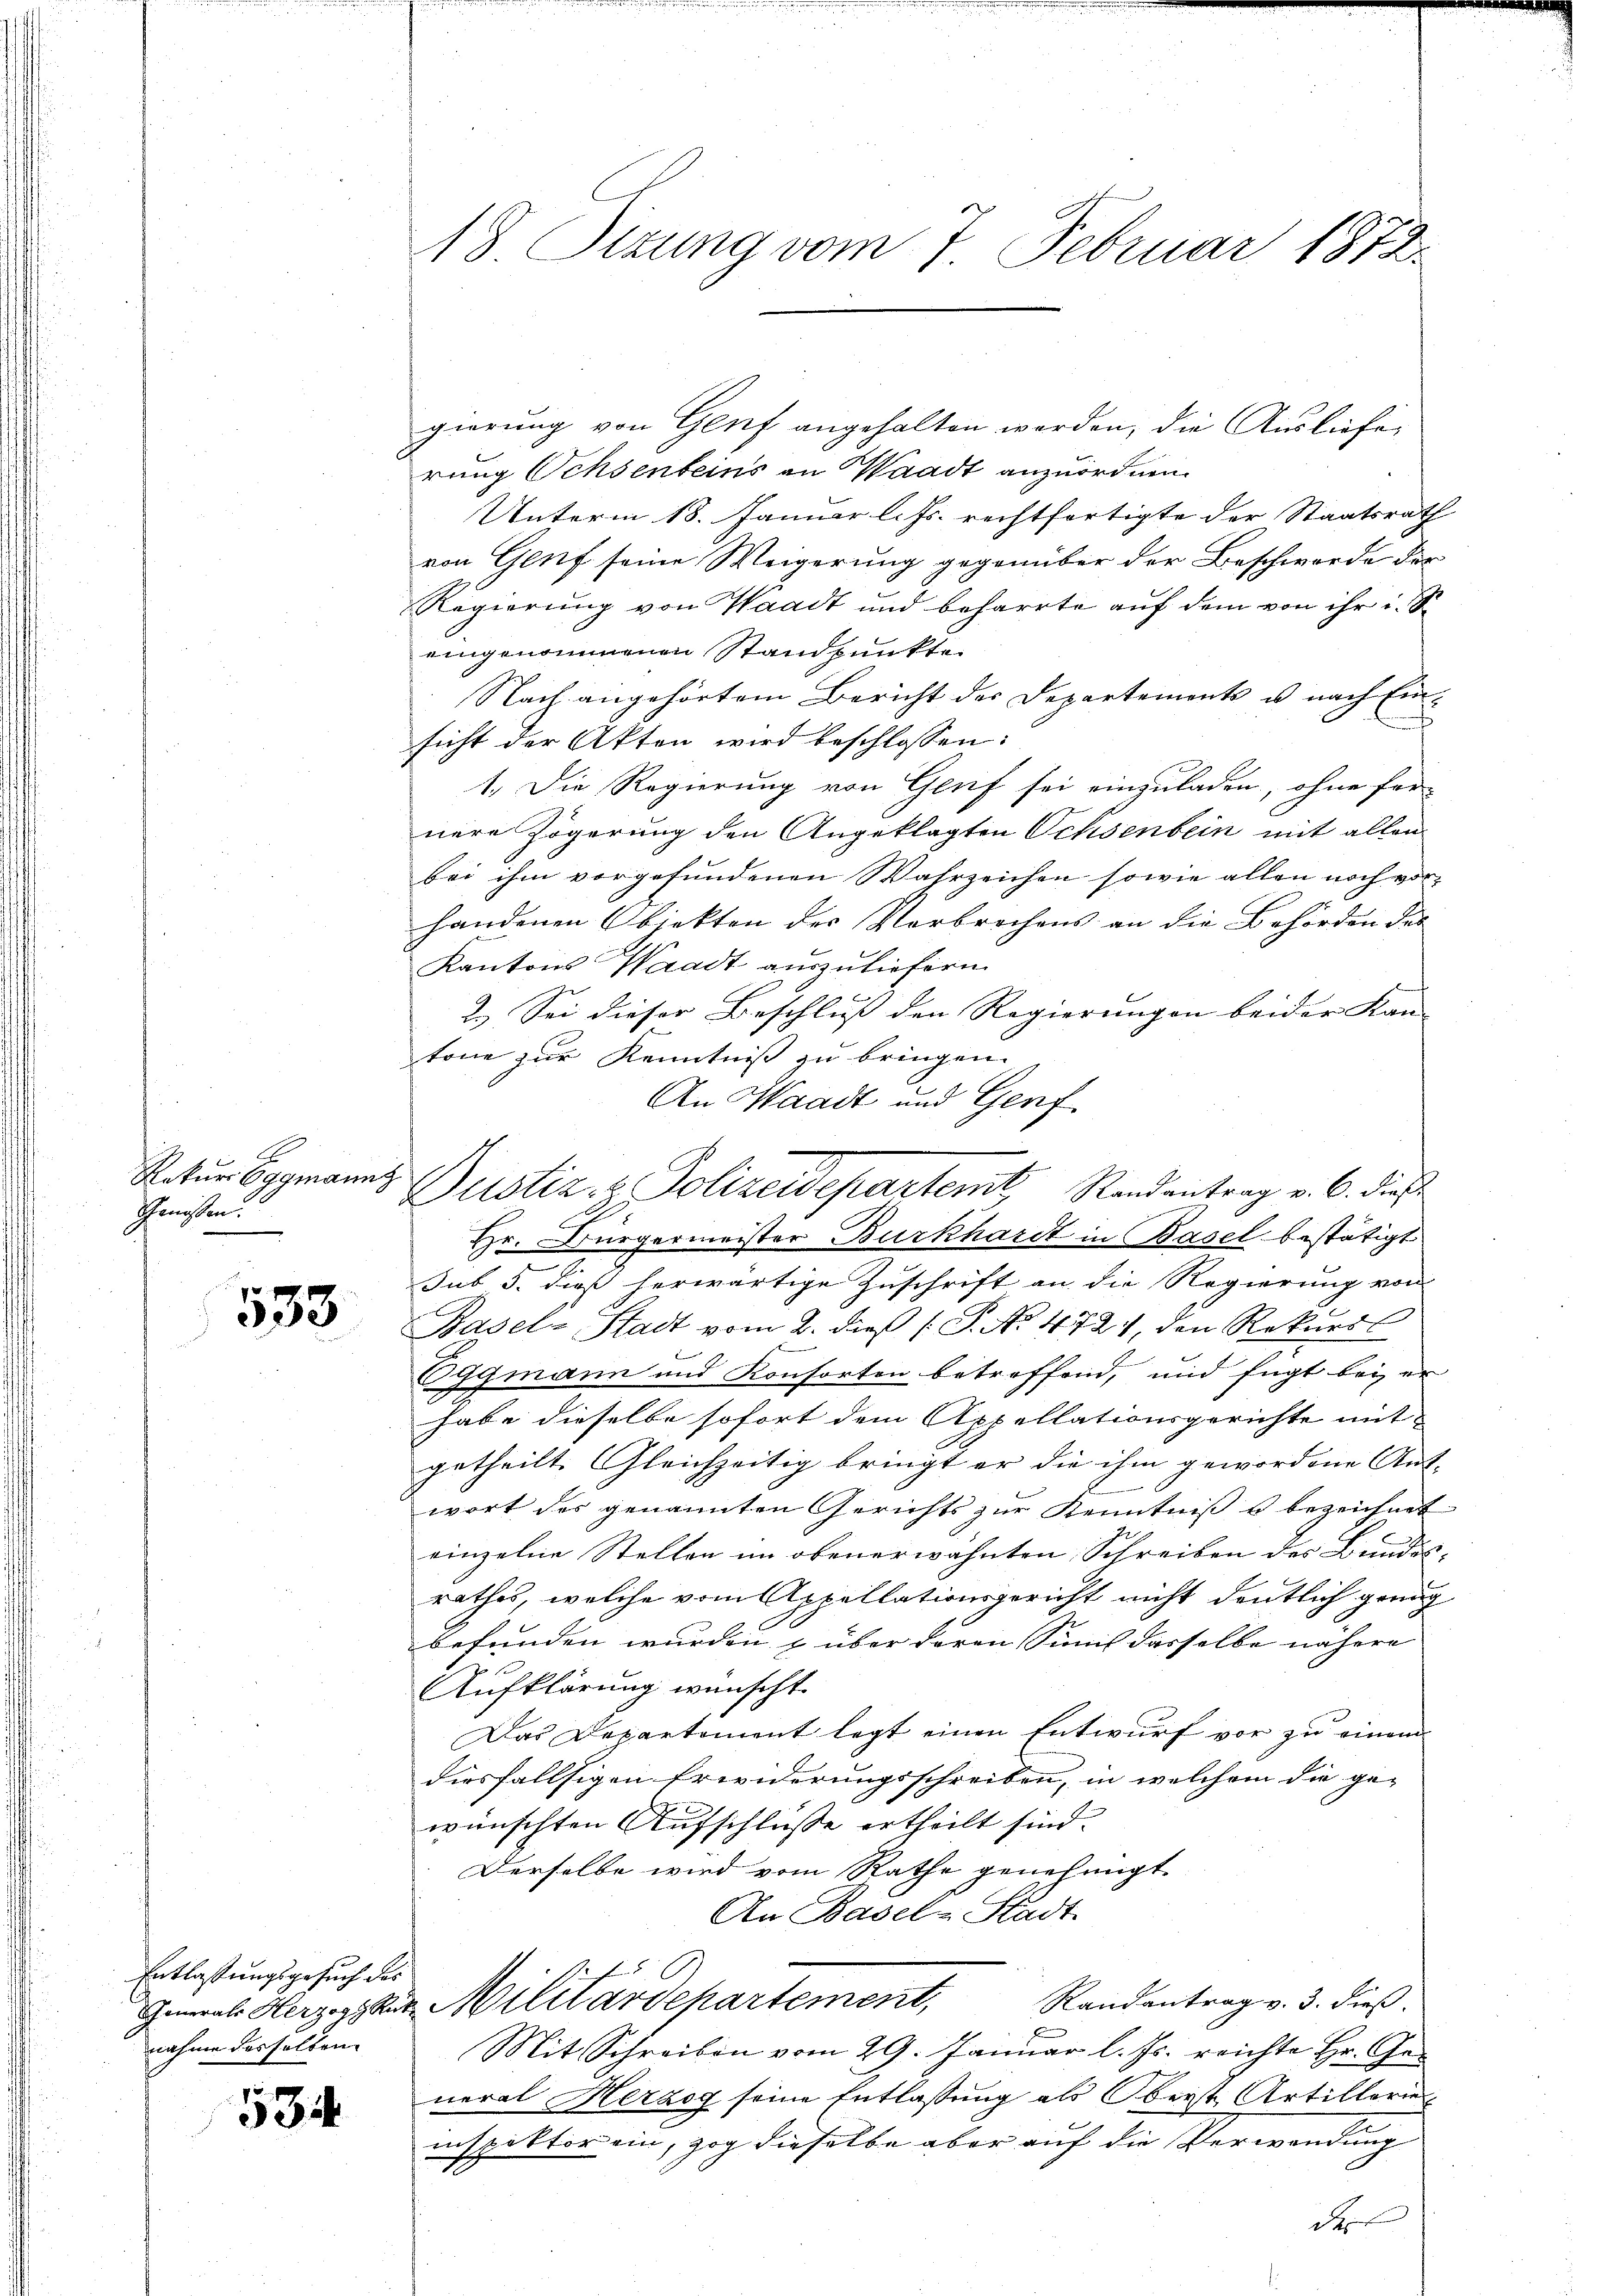
Rekurs Eggmannz
Genissen.

533

Entlassungsgesuch des
nahme desselben

534

18 Sizung vom 7. Februar 1873.

gierung von Genf angehalten werden, die Ausliefe,
rung Ochsenbeins an Waadt anzuordnen.
Unterm 18. Januar l. Js. rechtfertigte der Staatsrath
von Genf seine Weigerung gegenüber der Beschwerde der
Regierung von Waadt und beharrte auf dem von ihr in S
eingenommenen Standpunkte.
Nach angehörtem Bericht der Departements u. nach Einsicht der Akten wird beschlossen:
1.) Die Regierung von Genf sei einzuladen, ohne fer-
nere Zögerung den Angeklagten Ochsenbein mit allen
bei ihm vorgefundenen Wahrzeichen sowie allen noch vor-
handenen biekten des Verbrochens an die Behörden der
Kantons Waadt auszuliefern
2.) Sei dieser Beschluß den Regierungen beider Kan-
tone zur Kenntniß zu bringen.
An Waadt und Genf
Hr. Bürgermeister Burkhardt in Basel bestätigt
E
sub 5. dieß herwärtige Zuschrift an die Regierung von
Basel-Stadt vom 2. dieß (T. No. 472, den Rekurss
Eggmann und Konsorten betreffend, und fügt bei er
habe dieselbe sofort dem Appellationsgerichte mitgetheilt. Gleichzeitig bringt er die ihm gewordene Auf-
wort des genannten Gerichts zur Kenntniß u bezeichnet
einzelne Stellen im obenerwähnten Schreiben des Bundesrathes, welche vom Appellationsgericht nicht deutlich genug
befunden wurden & über deren Sunf dasselbe nähere
Aufklärung wünscht.
Das Departement legt einen Entwurf vor zu einem
diesfallsigen Erwiderungsschreiben, in welchem die ge-
wünschten Aufschlusse ertheilt sind.
Derselbe wird vom Rathe genehmigt.
An Basel-Stadt
Randantrag v. 3. dieß.
Gemeins Herz ganz Militärdepartement,
Mit Schreiben vom 29. Januar l. Js. reichte Hr. Ge-
neral Herzog seine Entlassung als Oberst Artillerien
inspektor ein, zog dieselbe aber auf die Verwendung
der

Dustiz- & Polizeidepartemt Randentrag v. 6. dies